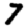
Digit: 7